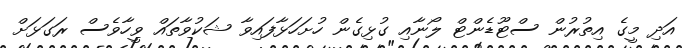
އަދި މީގެ އިތުރުން ސްޓޫޑެންޓް ލޯނާއި ގުޅިގެން ހުށަހަޅާފައިވާ ޝަކުވާތައް ވީހާވެސް ރަގަޅަށް